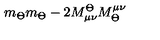
m _ { \Theta } m _ { \Theta } - 2 M _ { \mu \nu } ^ { \Theta } M _ { \Theta } ^ { \mu \nu }